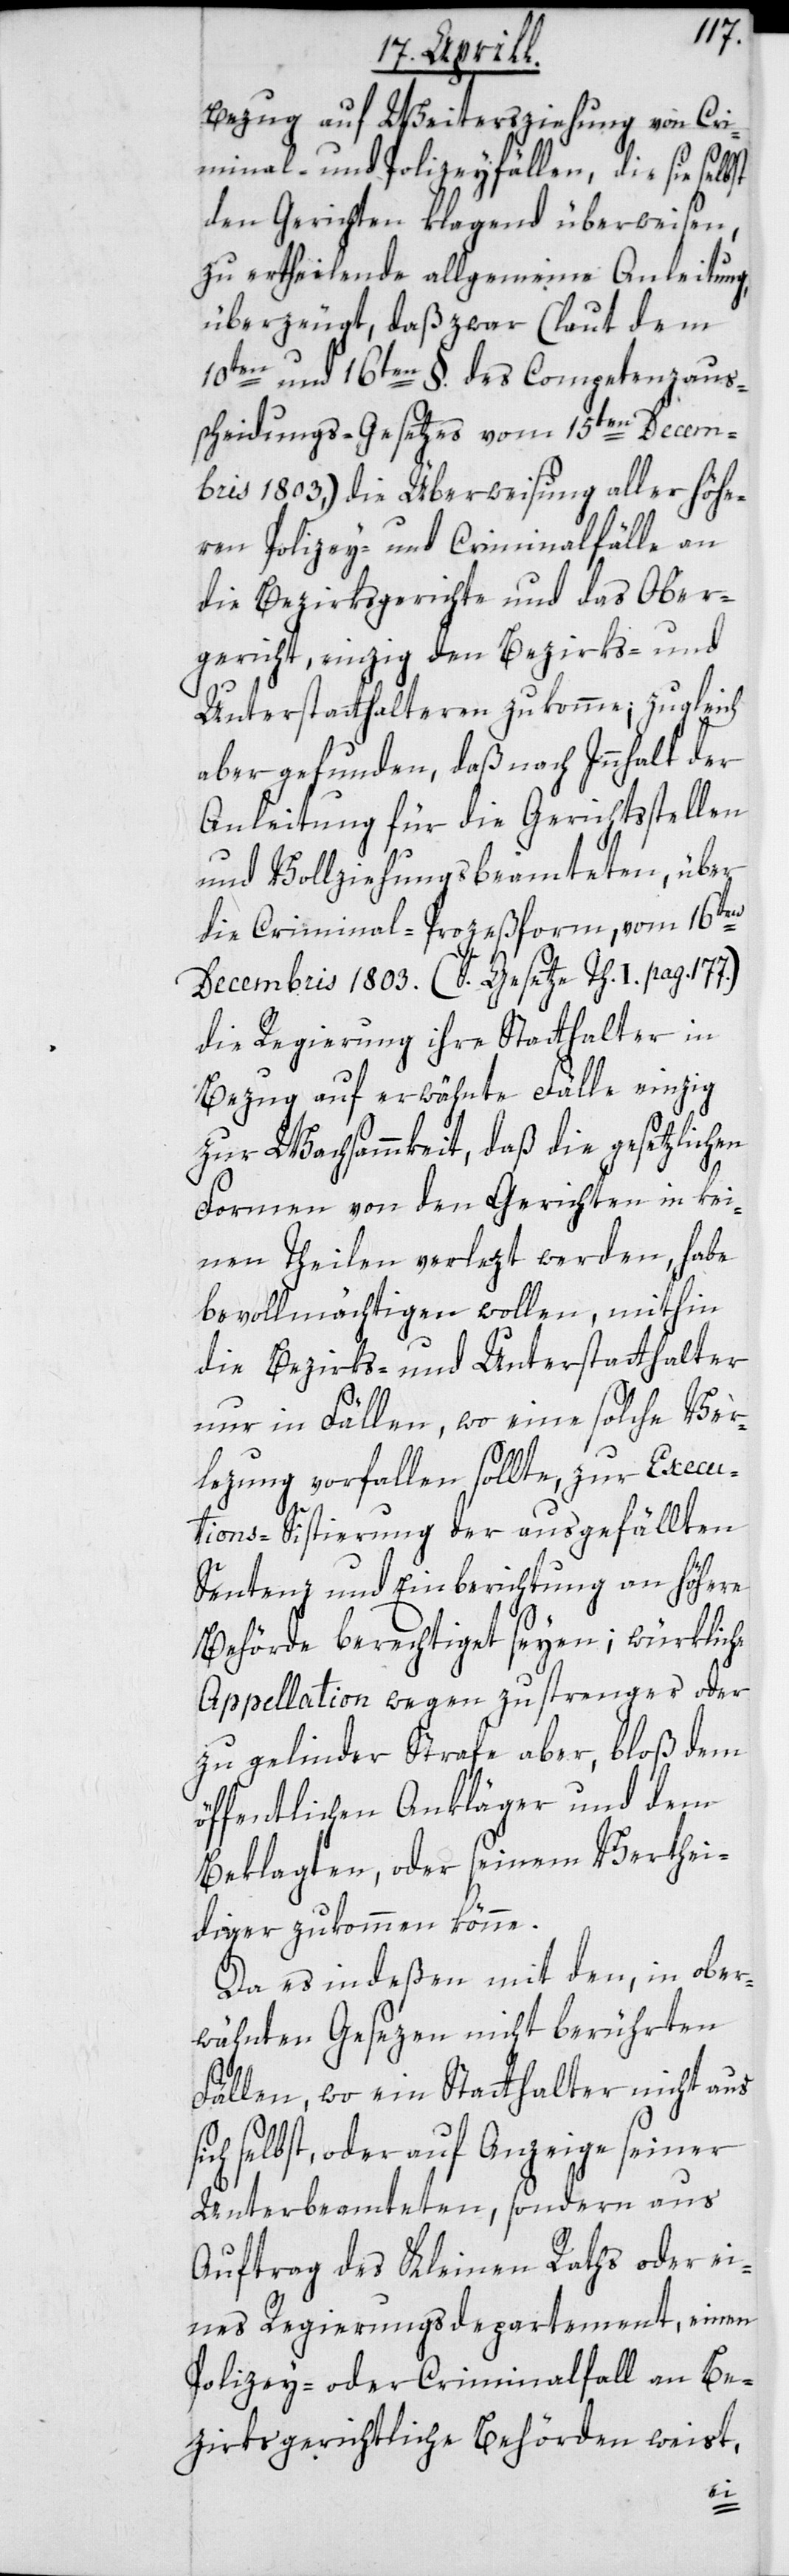
Bezug auf Weitersziehung von Cri¬
minal- und Polizeyfällen, die sie selbst
den Gerichten klagend überweisen,
zu ertheilende allgemeine Anleitung,
überzeugt, daß zwar (laut dem
10ten und 16ten §. des Competenzaus¬
scheidungs-Gesetzes vom 15ten Decem¬
bris 1803,) die Überweisung aller höhe¬
ren Polizey- und Criminalfälle an
die Bezirksgerichte und das Ober¬
gericht, einzig den Bezirks- und
Unterstatthalteren zukomme, zugleich
aber gefunden, daß nach Innhalt der
Anleitung für die Gerichtsstellen
und Vollziehungsbeamteten, über
die Criminal-Prozeßform, vom 16ten
Decembris 1803. (S. Gesetze Th. I pag. 177.)
die Regierung ihre Statthalter in
Bezug auf erwähnte Fälle einzig
zur Wachsammkeit, daß die gesetzlichen
Formen von den Gerichten in kei¬
nen Theilen verlezt werden, habe
bevollmächtigen wollen, mithin
die Bezirks- und Unterstatthalter
nur in Fällen, wo eine solche Ver¬
lezung vorfallen sollte, zur Execu¬
tions-Sistierung der ausgefällten
Sentenz und Einberichtung an höhere
Behörde berechtiget seyen; würkliche
Appellation wegen zu strenger oder
zu gelinder Strafe aber, bloß dem
öffentlichen Ankläger und dem
Beklagten, oder seinem Verthei¬
diger zukommen könne.
Da es indeßen mit den, in ober¬
wähnten Gesezen nicht berührten
Fällen, wo ein Statthalter nicht aus
selbst, oder auf Anzeige seiner
Unterbeamteten, sondern aus
Auftrag des Kleinen Raths oder ei¬
nes Regierungsdepartement, einen
Polizey- oder Criminalfall an Be¬
zirksgerichtliche Behörden weist,